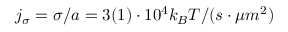
j _ { \sigma } = \sigma / a = 3 ( 1 ) \cdot 1 0 ^ { 4 } k _ { B } T / ( s \cdot \mu m ^ { 2 } )